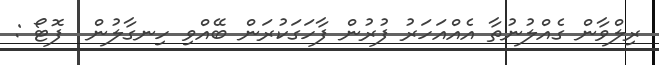
ރިލްވާން ގެއްލުނުތާ އެއްއަހަރު ފުރުން ފާހަގަކުރަން ބޭއްވި ހިނގާލުން  ފޮޓޯ :